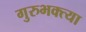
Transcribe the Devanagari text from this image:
गुरुभक्त्या